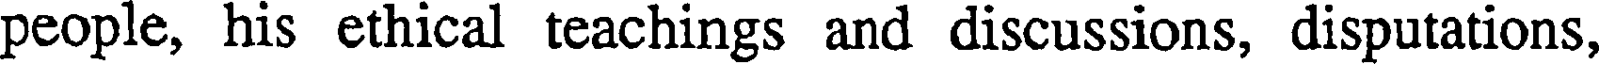
people, his ethical teachings and discussions, disputations,